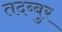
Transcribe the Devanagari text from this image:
तदब्बुर